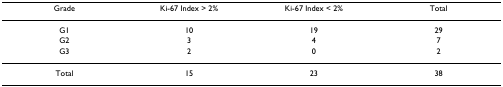
<table><thead><tr><td><b>Grade</b></td><td><b>Ki-67 Index &gt; 2%</b></td><td><b>Ki-67 Index &lt; 2%</b></td><td><b>Total</b></td></tr></thead><tbody><tr><td>G1</td><td>10</td><td>19</td><td>29</td></tr><tr><td>G2</td><td>3</td><td>4</td><td>7</td></tr><tr><td>G3</td><td>2</td><td>0</td><td>2</td></tr><tr><td>Total</td><td>15</td><td>23</td><td>38</td></tr></tbody></table>